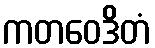
ကတဝေဒိတံ